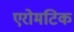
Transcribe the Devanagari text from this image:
एरोमटिक